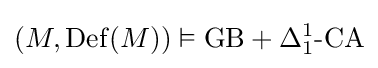
(M,\mathrm {Def} (M))\vDash \mathrm {GB} +\Delta _{1}^{1}{\text{-CA}}